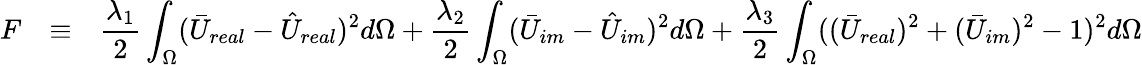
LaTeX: \begin{array}{rcl}{F}&{\equiv}&{\displaystyle{\frac{\lambda_{1}}{2}\int_{\Omega}(\bar{U}_{real}-\hat{U}_{real})^{2}d\Omega+\frac{\lambda_{2}}{2}\int_{\Omega}(\bar{U}_{im}-\hat{U}_{im})^{2}d\Omega+\frac{\lambda_{3}}{2}\int_{\Omega}((\bar{U}_{real})^{2}+(\bar{U}_{im})^{2}-1)^{2}d\Omega}}\end{array}